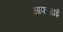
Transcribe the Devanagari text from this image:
आफज़ाई